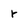
Character: r